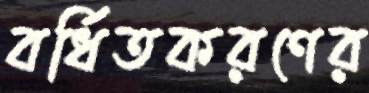
বর্ধিতকরণের